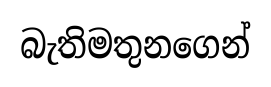
බැතිමතුනගෙන්